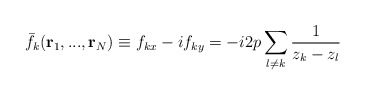
\begin{align*}\bar{f}_k({\bf r}_1,...,{\bf r}_N)\equiv f_{kx} - if_{ky}=-i2p\sum_{l\neq k}\frac{1}{z_k-z_l}\end{align*}